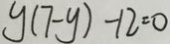
y ( 7 - y ) - 1 2 = 0